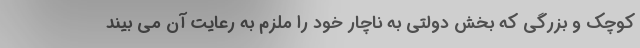
کوچک و بزرگی که بخش دولتی به ناچار خود را ملزم به رعایت آن می بیند